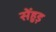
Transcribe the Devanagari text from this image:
सेंहुड़